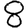
Digit: 8